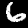
Digit: 6